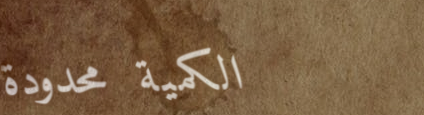
الكمية محدودة